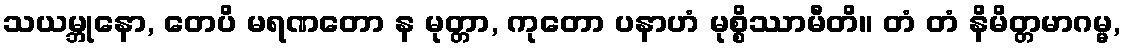
သယမ္ဘုနော, တေပိ မရဏတော န မုတ္တာ, ကုတော ပနာဟံ မုစ္စိဿာမီတိ။ တံ တံ နိမိတ္တမာဂမ္မ,